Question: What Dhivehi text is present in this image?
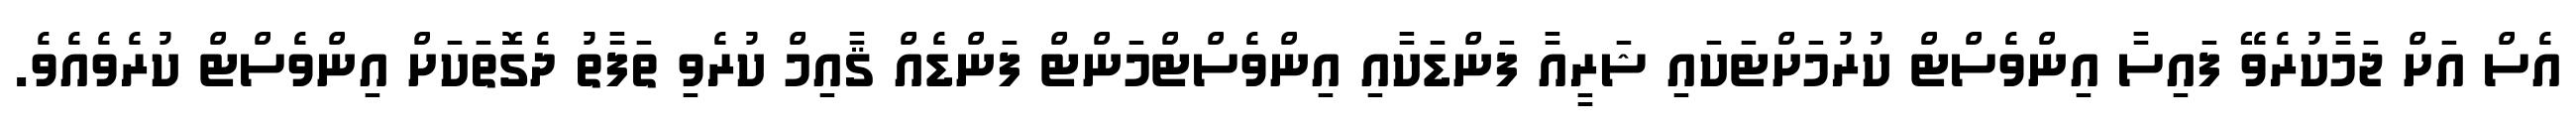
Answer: އެސް އަށް ޖަމާކުރެވޭ ފައިސާ އިންވެސްޓް ކުރުމަށްޓަކައި ޝަރީއާ ފަންޑަކާއި އިންވެސްޓްމަންޓް ފަންޑެއް ޤާއިމް ކުރެވި ތަފާތު ދެގޮތަކަށް އިންވެސްޓް ކުރެވެއެވެ.